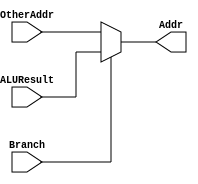
module MuxBranch(
	input Branch,
	input [31:0] ALUResult,
	input [31:0] OtherAddr,
	output [31:0] Addr);

	assign Addr = (Branch) ? ALUResult : OtherAddr;
endmodule